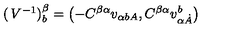
\left( \begin{matrix} { V ^ { - { 1 } } } \\ \end{matrix} \right) _ { { b } } ^ { { \beta } } = \left( - C ^ { { \beta } { \alpha } } v _ { { \alpha } { { b } A } } , C ^ { { \beta } { \alpha } } v _ { { \alpha } { \dot { A } } } ^ { { b } } \right)